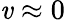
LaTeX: \mathit{v}\approx0